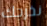
نخرجك